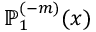
\mathbb { P } _ { 1 } ^ { ( - m ) } ( x )